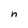
Character: n